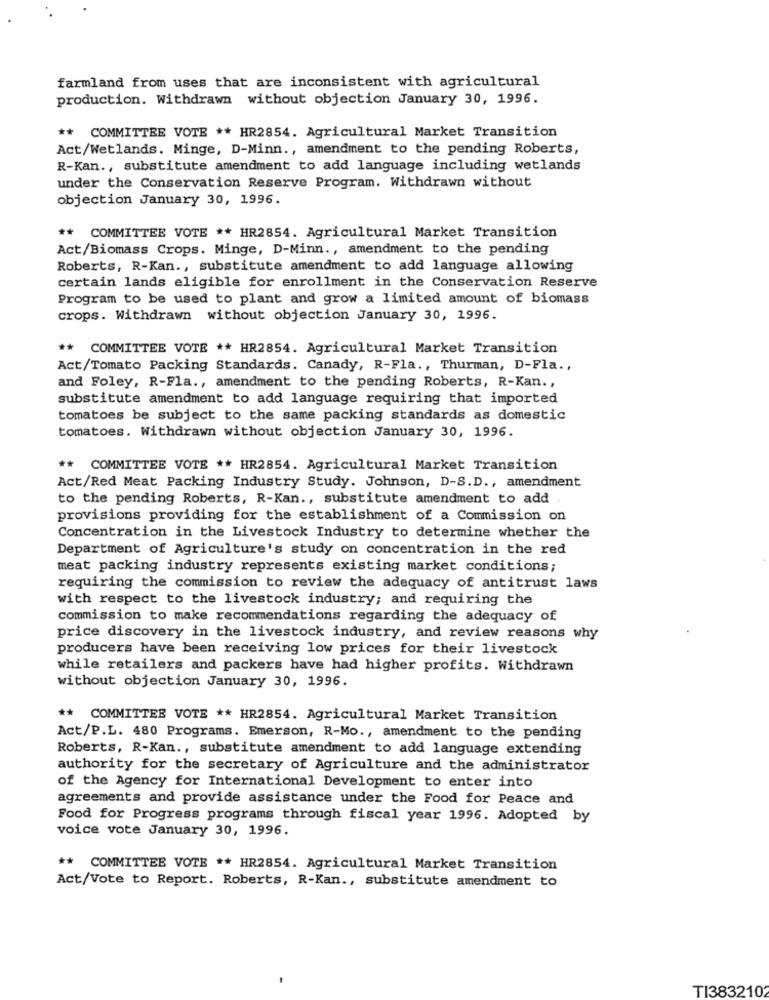
farmland from uses that are inconsistent with agricultural
production. Withdrawn without objection January 30, 1996.
** COMMITTEE VOTE ** HR2854. Agricultural Market Transition
Act/Wetlands. Minge, D-Minn ., amendment to the pending Roberts,
R-Kan ., substitute amendment to add language including wetlands
under the Conservation Reserve Program. Withdrawn without
objection January 30, 1996.
** COMMITTEE VOTE ** HR2854. Agricultural Market Transition
Act/Biomass Crops. Minge, D-Minn ., amendment to the pending
Roberts, R-Kan ., substitute amendment to add language allowing
certain lands eligible for enrollment in the Conservation Reserve
Program to be used to plant and grow a limited amount of biomass
crops. Withdrawn without objection January 30, 1996.
** COMMITTEE VOTE ** HR2854. Agricultural Market Transition
Act/Tomato Packing Standards. Canady, R-Fla ., Thurman, D-Fla .,
and Foley, R-Fla ., amendment to the pending Roberts, R-Kan .,
substitute amendment to add language requiring that imported
tomatoes be subject to the same packing standards as domestic
tomatoes. Withdrawn without objection January 30, 1996.
** COMMITTEE VOTE ** HR2854. Agricultural Market Transition
Act/Red Meat Packing Industry Study. Johnson, D-S.D ., amendment
to the pending Roberts, R-Kan ., substitute amendment to add .
provisions providing for the establishment of a Commission on
Concentration in the Livestock Industry to determine whether the
Department of Agriculture's study on concentration in the red
meat packing industry represents existing market conditions;
requiring the commission to review the adequacy of antitrust laws
with respect to the livestock industry; and requiring the
commission to make recommendations regarding the adequacy of
price discovery in the livestock industry, and review reasons why
producers have been receiving low prices for their livestock
while retailers and packers have had higher profits. Withdrawn
without objection January 30, 1996.
** COMMITTEE VOTE ** HR2854. Agricultural Market Transition
Act/P.L. 480 Programs. Emerson, R-Mo ., amendment to the pending
Roberts, R-Kan ., substitute amendment to add language extending
authority for the secretary of Agriculture and the administrator
of the Agency for International Development to enter into
agreements and provide assistance under the Food for Peace and
Food for Progress programs through fiscal year 1996. Adopted by
voice vote January 30, 1996.
** COMMITTEE VOTE ** HR2854. Agricultural Market Transition
Act/Vote to Report. Roberts, R-Kan ., substitute amendment to
TI3832102